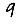
Digit: 9